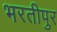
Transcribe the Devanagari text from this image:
भरतीपुर